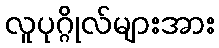
လူပုဂ္ဂိုလ်များအား